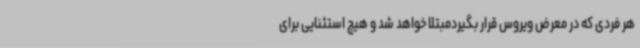
هر فردی که در معرض ویروس قرار بگیردمبتلا خواهد شد و هیچ استثنایی برای